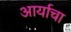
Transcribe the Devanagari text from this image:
आर्याचा